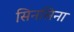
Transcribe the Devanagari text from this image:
सिनसिना